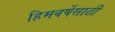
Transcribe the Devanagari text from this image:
हिमवर्षेसाठी